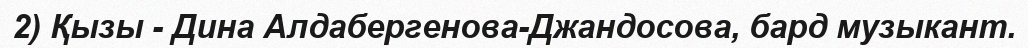
2) Қызы - Дина Алдабергенова-Джандосова, бард музыкант.